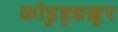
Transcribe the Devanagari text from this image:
कोडुङ्ङल्लूर